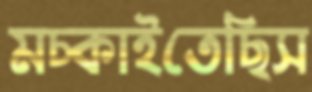
মচ্‌কাইতেছিস